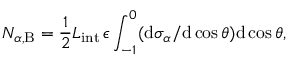
N _ { \alpha , \mathrm { B } } = \frac { 1 } { 2 } { \cal L } _ { \mathrm { i n t } } \, \epsilon \int _ { - 1 } ^ { 0 } ( \mathrm { d } \sigma _ { \alpha } / \mathrm { d } \cos \theta ) \mathrm { d } \cos \theta ,